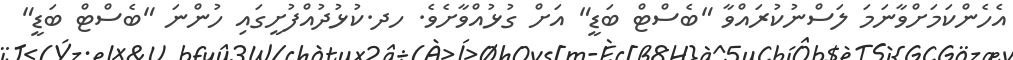
އެހެންކަމަށްވާނަމަ ލަސްނުކުރައްވާ "ބެސްޓް ބަޑީ" އަށް ގުޅުއްވާށެވެ. ހދ.ކުޅުދުއްފުށީގައި ހުންނަ "ބެސްޓް ބަޑީ"